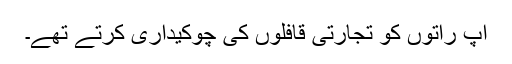
آپ راتوں کو تجارتی قافلوں کی چوکیداری کرتے تھے۔